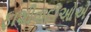
ફાશીવાદીઓએ